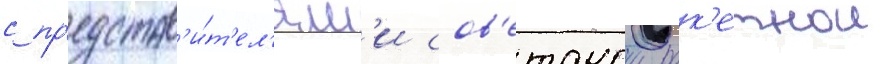
с пр'едстав'и́т'ел'ям'и сов'етскои рак'етнои